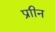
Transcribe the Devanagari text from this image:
प्राीन